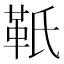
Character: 𩉬